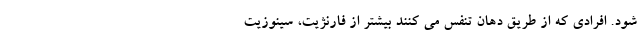
شود. افرادی که از طریق دهان تنفس می کنند بیشتر از فارنژیت، سینوزیت